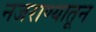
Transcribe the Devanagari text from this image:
नजराण्यातून